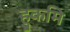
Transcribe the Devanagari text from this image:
हुकमि